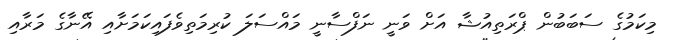
މިކަމުގެ ސަބަބުން ޕްރަތިއުޝާ އަށް ވަނީ ނަފްސާނީ މައްސަލަ ކުރިމަތިވެފައިކަމަށާއި އޭނާގެ މަރާއި